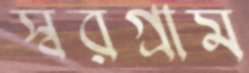
স্বরগ্রাম